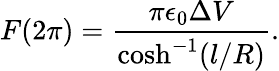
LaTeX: F(2\pi)=\frac{\pi\epsilon_{0}\Delta V}{\cosh^{-1}(l/R)}.